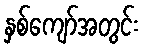
နှစ်ကျော်အတွင်း